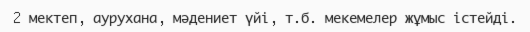
2 мектеп, аурухана, мәдениет үйі, т.б. мекемелер жұмыс істейді.